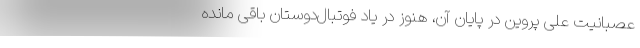
عصبانیت علی پروین در پایان آن، هنوز در یاد فوتبال‌دوستان باقی مانده